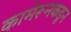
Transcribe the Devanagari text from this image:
कामेरूनकडून